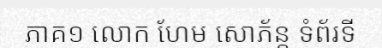
ភាគ១ លោក ហែម សោភ័ន្ត ទំព័រទី